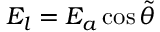
E _ { l } = E _ { a } \cos \tilde { \theta }